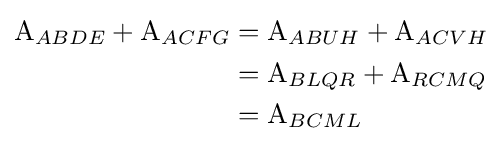
{\begin{aligned}{\text{A}}_{ABDE}+{\text{A}}_{ACFG}&={\text{A}}_{ABUH}+{\text{A}}_{ACVH}\\&={\text{A}}_{BLQR}+{\text{A}}_{RCMQ}\\&={\text{A}}_{BCML}\end{aligned}}